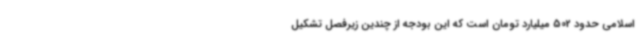
اسلامی حدود 502 میلیارد تومان است که این بودجه از چندین زیرفصل تشکیل